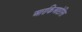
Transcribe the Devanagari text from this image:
आरकिआप्टेरिस